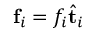
\mathbf { f } _ { i } = f _ { i } \hat { \mathbf { t } } _ { i }